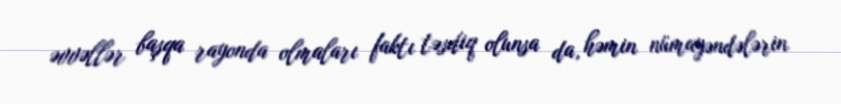
əvvəllər başqa rayonda olmaları faktı təsdiq olunsa da, həmin nümayəndələrin